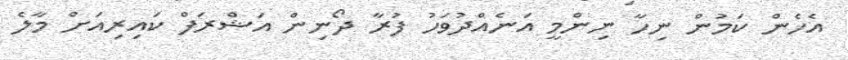
އެހެން ކަމުން ނިހާ ނިންމީ އަނެއްދުވަހު ފުރާ ދޯނިން އަޝްރަފް ކައިރިއަށް މާލެ